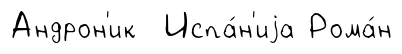
Андрон'ик Испа́н'иjа Рома́н